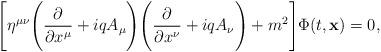
LaTeX: \begin{align*}\Biggl[\eta^{\mu \nu} \Biggl(\frac{\partial}{\partial x^{\mu}} + iq A_{\mu} \Biggr) \Biggl(\frac{\partial}{\partial x^{\nu}} + i qA_{\nu} \Biggr) + m^2 \Biggr] \Phi (t, {\bf x}) = 0, \end{align*}